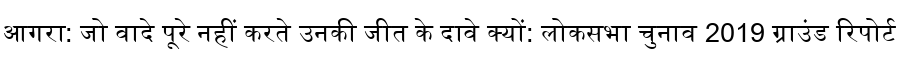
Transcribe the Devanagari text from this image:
आगरा: जो वादे पूरे नहीं करते उनकी जीत के दावे क्यों: लोकसभा चुनाव 2019 ग्राउंड रिपोर्ट